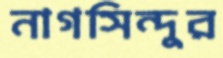
নাগসিন্দুর